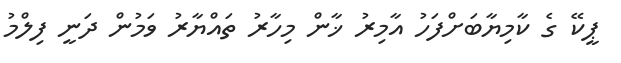
ޕީކޭ ގެ ކާމިޔާބަށްފަހު އާމިރު ޚާން މިހާރު ތައްޔާރު ވަމުން ދަނީ ފިލްމު